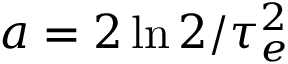
a = 2 \ln { 2 } / \tau _ { e } ^ { 2 }